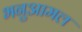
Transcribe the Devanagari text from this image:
भनुआमल